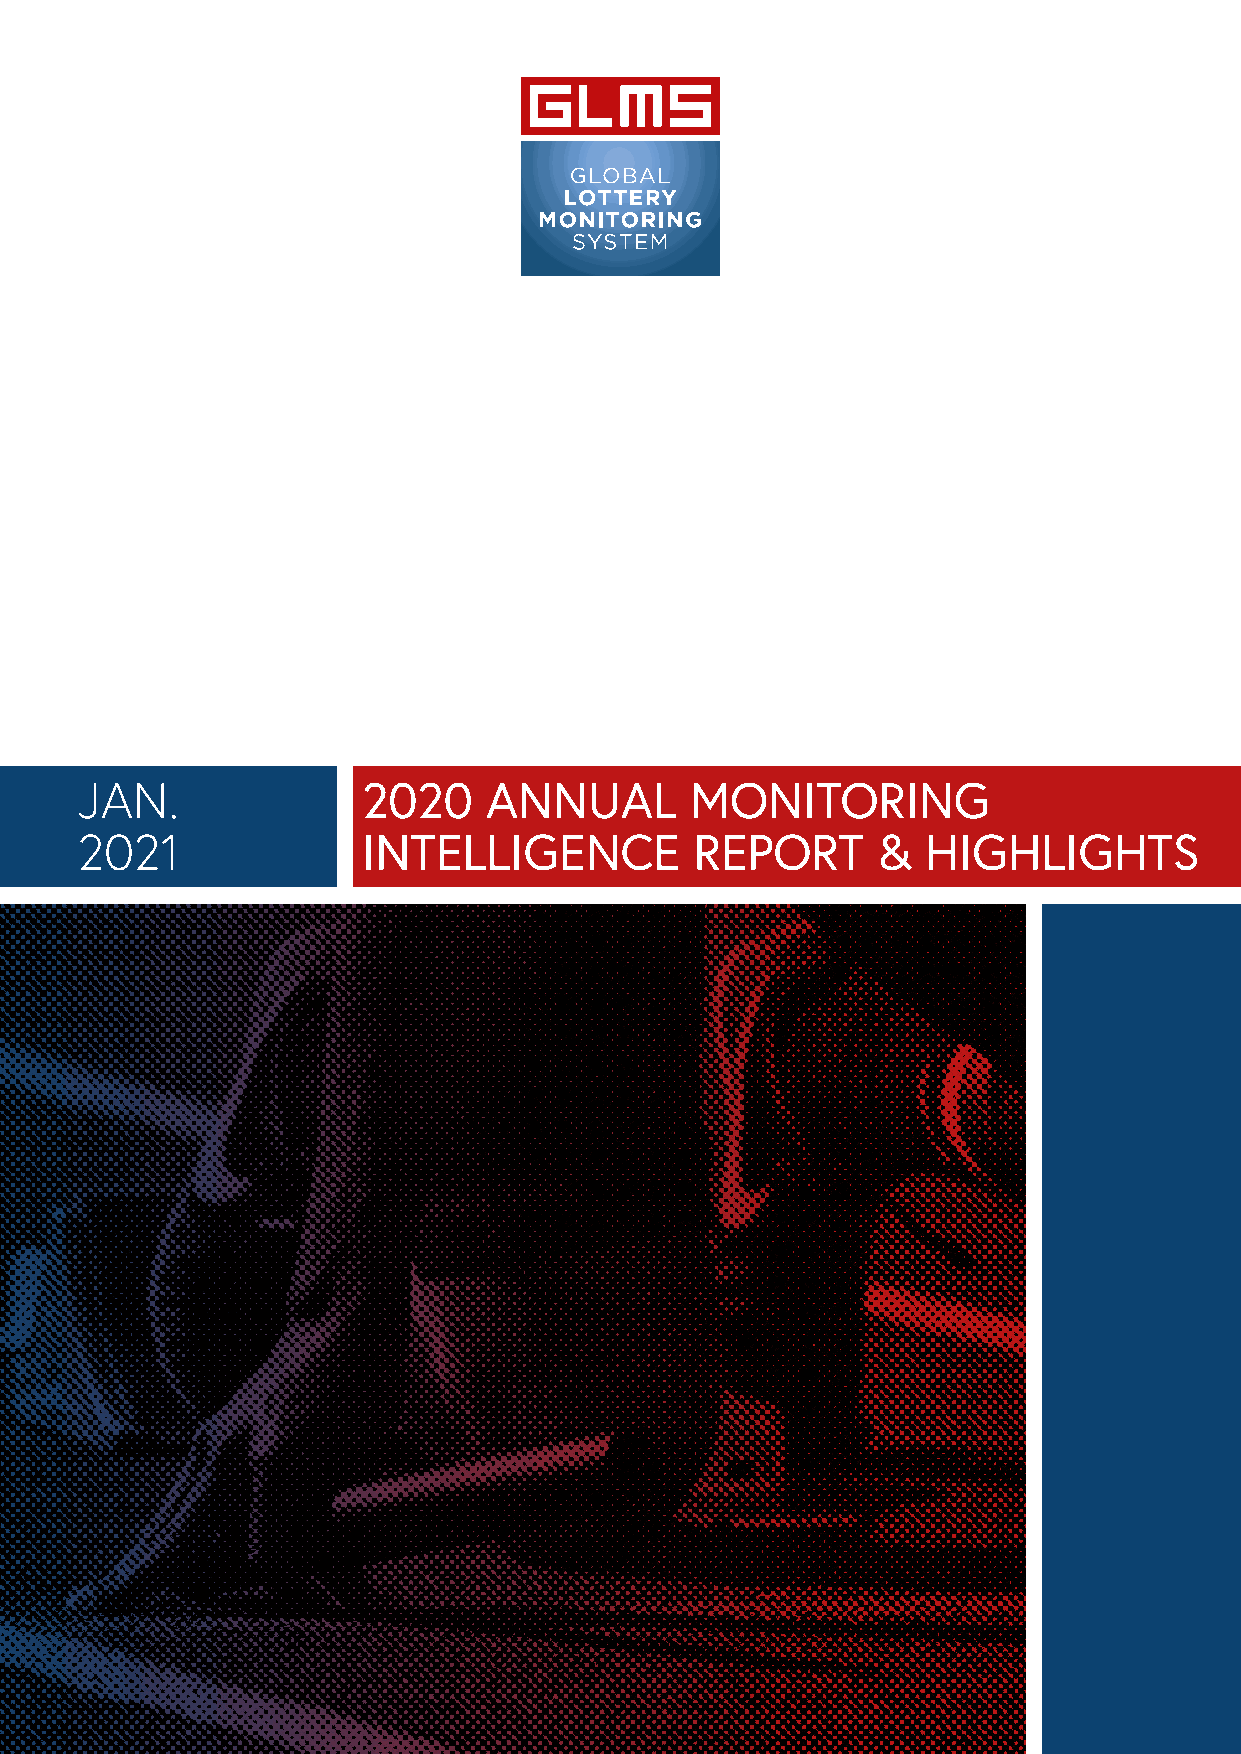
JAN.               2020    ANNUAL        MONITORING
 2021               INTELLIGENCE          REPORT      &  HIGHLIGHTS